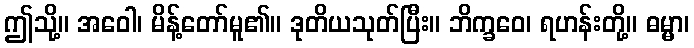
ဤသို့။ အဝေါ၊ မိန့်တော်မူ၏။ ဒုတိယသုတ်ပြီး။ ဘိက္ခဝေ၊ ရဟန်းတို့။ ဓမ္မာ၊